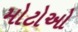
મોટોઓ